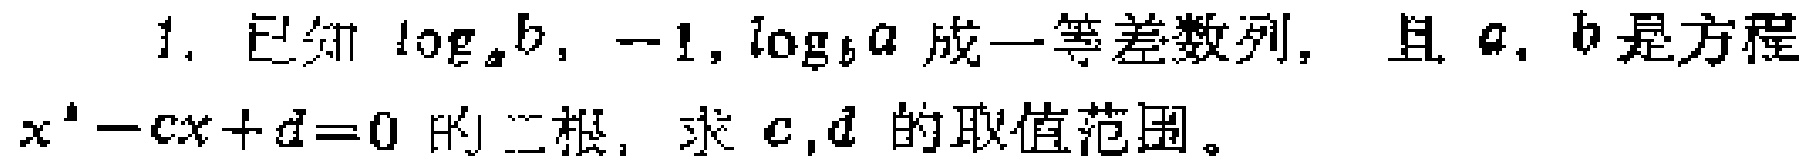
1. 已知\(\log_{a}b\)，\(-1\)，\(\log_{b}a\)成一等差数列，且\(a\)，\(b\)是方程\(x^{2}-cx + d = 0\)的二根，求\(c\)，\(d\)的取值范围。